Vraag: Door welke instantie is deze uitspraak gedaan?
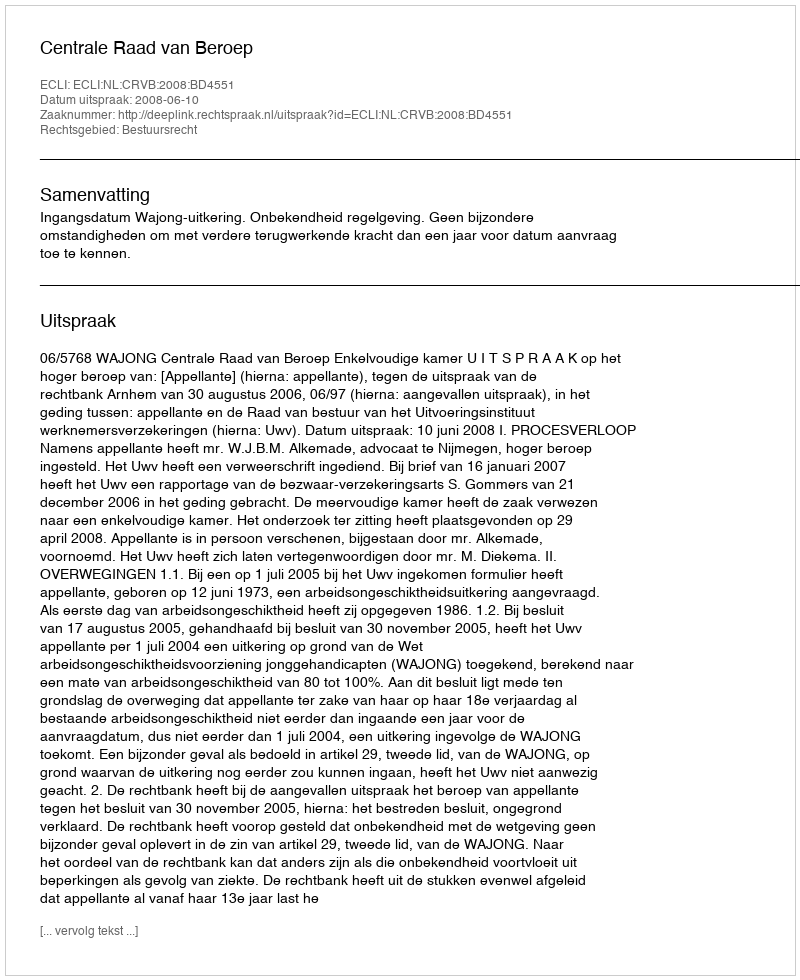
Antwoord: Centrale Raad van Beroep